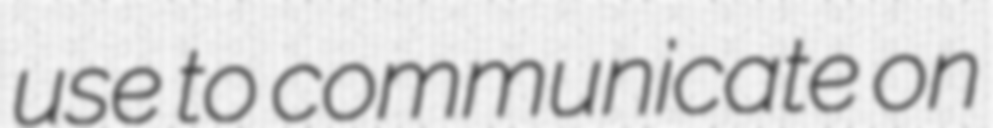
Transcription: use to communicate on